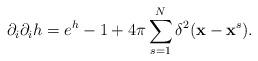
LaTeX: \begin{align*}\partial_{i}\partial_{i}h=e^{h}-1 +4\pi\sum_{s=1}^{N}\delta^{2}({\bf{x}}-{ \bf{x}}^{s}).\end{align*}